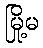
မြို့မ